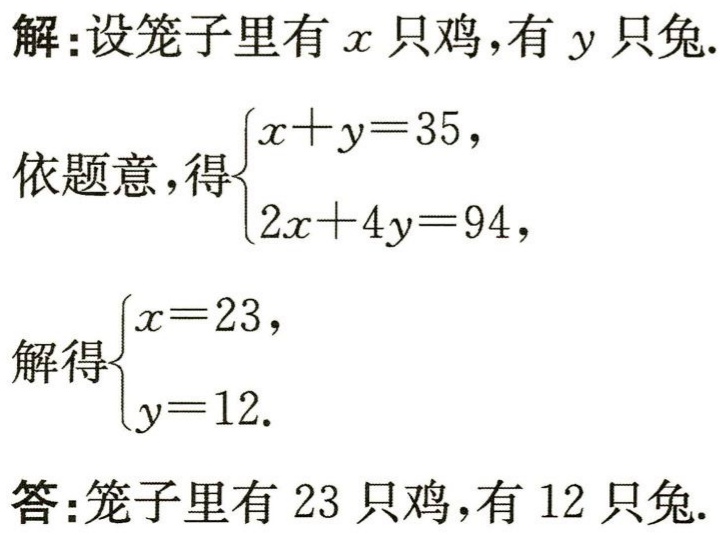
解：设笼子里有\(x\)只鸡，有\(y\)只兔.

依题意，得\(\begin{cases}x + y = 35,\\2x + 4y = 94,\end{cases}\)

解得\(\begin{cases}x = 23,\\y = 12.\end{cases}\)

答：笼子里有\(23\)只鸡，有\(12\)只兔.